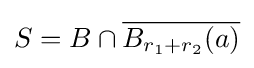
S=B\cap {\overline {B_{r_{1}+r_{2}}(a)}}